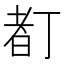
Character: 𠁂